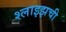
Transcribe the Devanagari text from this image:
श्लाइझची